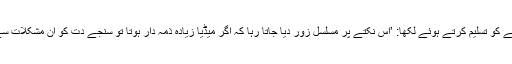
ایک ناقد نے میڈیا کے ناقابل معافی ہونے کو تسلیم کرتے ہوئے لکھا: ’اس نکتے پر مسلسل زور دیا جاتا رہا کہ اگر میڈیا زیادہ ذمہ دار ہوتا تو سنجے دت کو ان مشکلات سے نہیں گزرنا پڑتا جس سے وہ گزرے۔